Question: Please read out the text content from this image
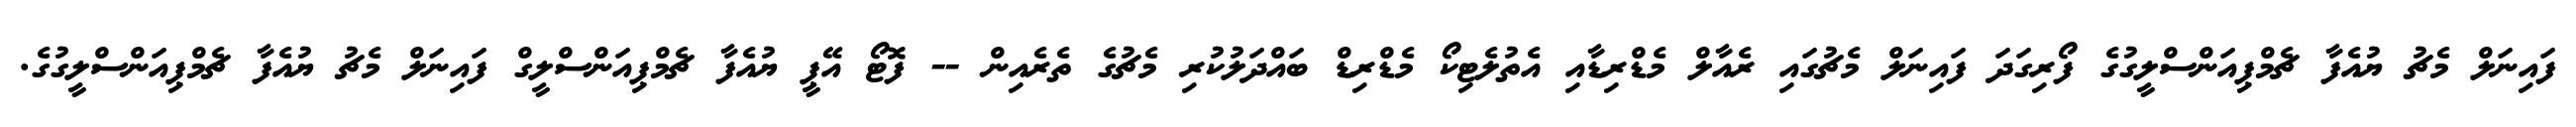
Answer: ފައިނަލް މެޗު ޔުއެފާ ޗެމްޕިއަންސްލީގުގެ ފޯރިގަދަ ފައިނަލް މެޗުގައި ރެއާލް މެޑްރިޑާއި އެތުލެޓިކޯ މެޑްރިޑް ބައްދަލުކުރި މެޗުގެ ތެރެއިން -- ފޮޓޯ އޭޕީ ޔުއެފާ ޗެމްޕިއަންސްލީގް ފައިނަލް މެޗު ޔުއެފާ ޗެމްޕިއަންސްލީގުގެ.